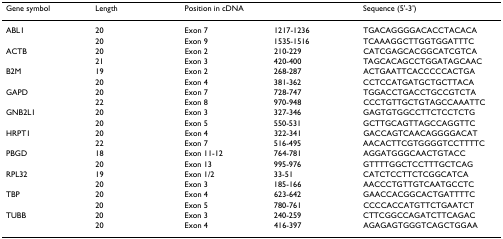
<table><thead><tr><td><b>Gene symbol</b></td><td><b>Length</b></td><td colspan="2"><b>Position in cDNA</b></td><td><b>Sequence (5&#x27;-3&#x27;)</b></td></tr></thead><tbody><tr><td>ABL1</td><td>20</td><td>Exon 7</td><td>1217-1236</td><td>TGACAGGGGACACCTACACA</td></tr><tr><td></td><td>20</td><td>Exon 9</td><td>1535-1516</td><td>TCAAAGGCTTGGTGGATTTC</td></tr><tr><td>ACTB</td><td>20</td><td>Exon 2</td><td>210-229</td><td>CATCGAGCACGGCATCGTCA</td></tr><tr><td></td><td>21</td><td>Exon 3</td><td>420-400</td><td>TAGCACAGCCTGGATAGCAAC</td></tr><tr><td>B2M</td><td>19</td><td>Exon 2</td><td>268-287</td><td>ACTGAATTCACCCCCACTGA</td></tr><tr><td></td><td>20</td><td>Exon 4</td><td>381-362</td><td>CCTCCATGATGCTGCTTACA</td></tr><tr><td>GAPD</td><td>20</td><td>Exon 7</td><td>728-747</td><td>TGGACCTGACCTGCCGTCTA</td></tr><tr><td></td><td>22</td><td>Exon 8</td><td>970-948</td><td>CCCTGTTGCTGTAGCCAAATTC</td></tr><tr><td>GNB2L1</td><td>20</td><td>Exon 3</td><td>327-346</td><td>GAGTGTGGCCTTCTCCTCTG</td></tr><tr><td></td><td>20</td><td>Exon 5</td><td>550-531</td><td>GCTTGCAGTTAGCCAGGTTC</td></tr><tr><td>HRPT1</td><td>20</td><td>Exon 4</td><td>322-341</td><td>GACCAGTCAACAGGGGACAT</td></tr><tr><td></td><td>22</td><td>Exon 7</td><td>516-495</td><td>AACACTTCGTGGGGTCCTTTTC</td></tr><tr><td>PBGD</td><td>18</td><td>Exon 11-12</td><td>764-781</td><td>AGGATGGGCAACTGTACC</td></tr><tr><td></td><td>20</td><td>Exon 13</td><td>995-976</td><td>GTTTTGGCTCCTTTGCTCAG</td></tr><tr><td>RPL32</td><td>19</td><td>Exon 1/2</td><td>33-51</td><td>CATCTCCTTCTCGGCATCA</td></tr><tr><td></td><td>20</td><td>Exon 3</td><td>185-166</td><td>AACCCTGTTGTCAATGCCTC</td></tr><tr><td>TBP</td><td>20</td><td>Exon 4</td><td>623-642</td><td>GAACCACGGCACTGATTTTC</td></tr><tr><td></td><td>20</td><td>Exon 5</td><td>780-761</td><td>CCCCACCATGTTCTGAATCT</td></tr><tr><td>TUBB</td><td>20</td><td>Exon 3</td><td>240-259</td><td>CTTCGGCCAGATCTTCAGAC</td></tr><tr><td></td><td>20</td><td>Exon 4</td><td>416-397</td><td>AGAGAGTGGGTCAGCTGGAA</td></tr></tbody></table>